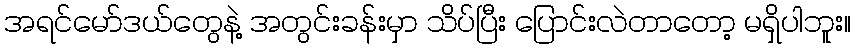
အရင်မော်ဒယ်တွေနဲ့ အတွင်းခန်းမှာ သိပ်ပြီး ပြောင်းလဲတာတော့ မရှိပါဘူး။